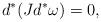
LaTeX: \begin{align*}d^*(Jd^*\omega)=0,\end{align*}